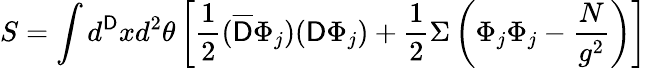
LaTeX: S=\int{d}^{\mathsf{D}}xd^{2}\theta\left[\frac{{1}}{{2}}(\overline{{{{\mathsf{D}}}}}\Phi_{j})(\mathsf{D}\Phi_{j})+\frac{{1}}{{2}}\Sigma\left(\Phi_{j}\Phi_{j}-\frac{{N}}{{g^{2}}}\right)\right]